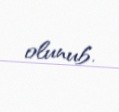
olunub.